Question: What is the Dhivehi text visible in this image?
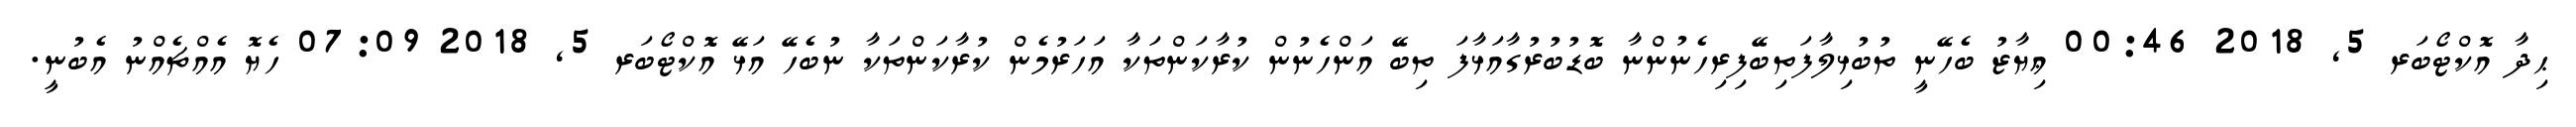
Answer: ޙިދާ އޮކްޓޯބަރ 5, 2018 00:46 ޢިޔާޒު ބެހޭނީ ތުބުޅިލާފަތިބޭފިރިހެނުންނާ ބޮޑުބުރުގާއަޅާފަ ތިބޭ އަންހެނުން ކުރާކަންތަކާ އަހަރުމެން ކުރާކަންތަކާ ނުބެހޭ އަޅޭ އޮކްޓޯބަރ 5, 2018 07:09 ހެޔޮ އެއްޗެއްނު އެބުނީ.